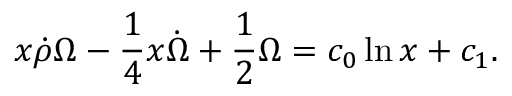
x \dot { \rho } \Omega - \frac { 1 } { 4 } x \dot { \Omega } + \frac { 1 } { 2 } \Omega = c _ { 0 } \ln x + c _ { 1 } .